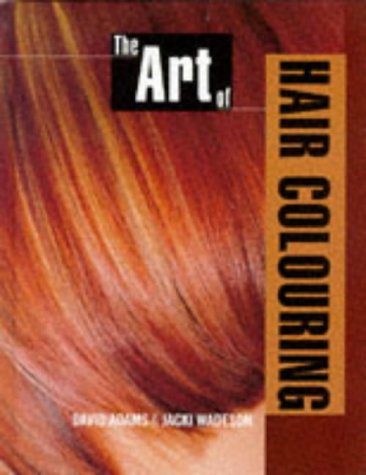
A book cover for The Art of Hair Colouring: Hairdressing And Beauty Industry Authority/Thomson Learning Series (Hairdressing Training Board/Macmillan); David Adams; Health, Fitness & Dieting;